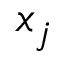
x _ { j }